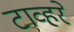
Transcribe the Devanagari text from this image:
टाव्हरे